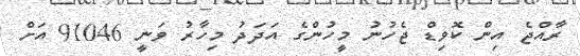
ރާއްޖެ އިން ކޮވިޑް ޖެހުނު މީހުންގެ އަދަދު މިހާރު ވަނީ 91046 އަށް